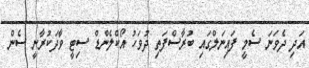
އަދި ދެވަނަ ސެމީ ފައިނަލްގައި ބުރާސްފަތި ދުވަހު އޯކްލެންޑް ސިޓީ ވާދަކުރާނީ ސެން